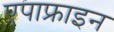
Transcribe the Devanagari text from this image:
एपाफ्राइन